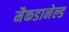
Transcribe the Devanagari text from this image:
मैकडानेल्ड